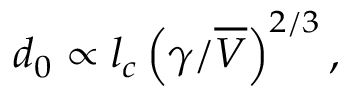
d _ { 0 } \propto l _ { c } \left( \gamma / \overline { { V } } \right) ^ { 2 / 3 } ,